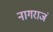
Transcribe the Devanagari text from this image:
नागराजं